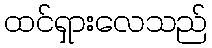
ထင်ရှားလေသည်